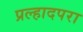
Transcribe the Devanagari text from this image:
प्रल्हादपरा